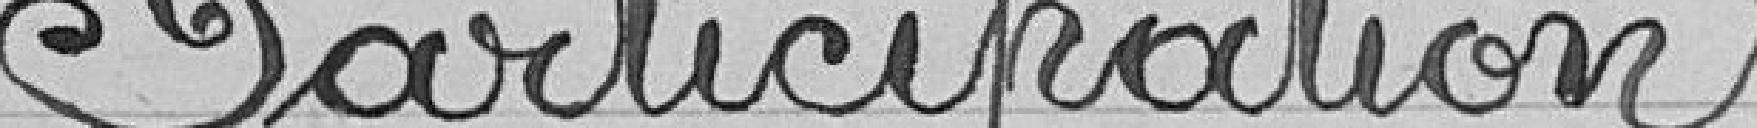
Participation